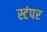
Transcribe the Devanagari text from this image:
स्टंपर